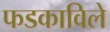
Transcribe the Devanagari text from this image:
फडकाविले